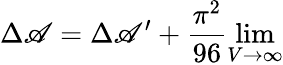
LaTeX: \Delta\mathscr{A}=\Delta\mathscr{A}^{\prime}+{\frac{{\pi^{2}}}{{96}}\operatorname*{lim}_{V\rightarrow\infty}}